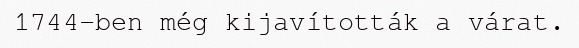
1744-ben még kijavították a várat.